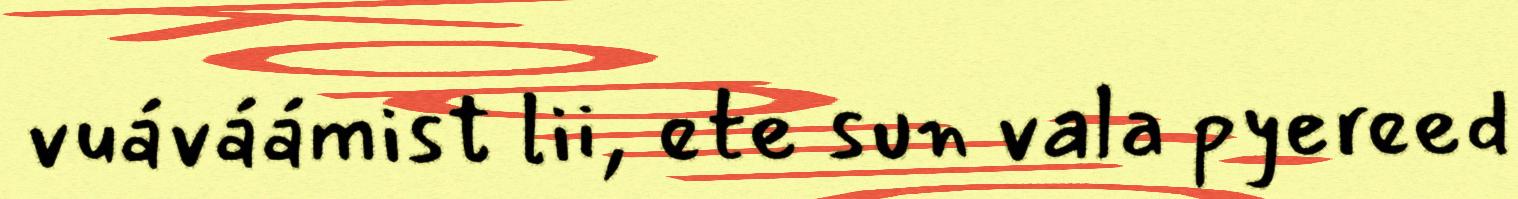
vuáváámist lii, ete sun vala pyereed